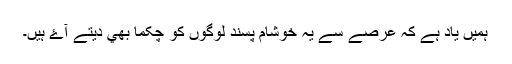
ہميں ياد ہے کہ عرصے سے يہ خوشام پسند لوگوں کو چکما بھي ديتے آۓ ہيں۔